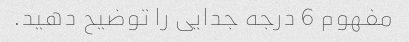
مفهوم 6 درجه جدایی را توضیح دهید.